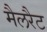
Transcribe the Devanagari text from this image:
मैलरैट